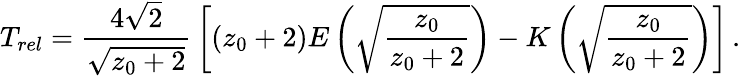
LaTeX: T_{rel}={\frac{4\sqrt{2}}{\sqrt{z_{0}+2}}}\left[(z_{0}+2)E\left(\sqrt{\frac{z_{0}}{z_{0}+2}}\right)-K\left(\sqrt{\frac{z_{0}}{z_{0}+2}}\right)\right]\, .